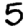
Digit: 5